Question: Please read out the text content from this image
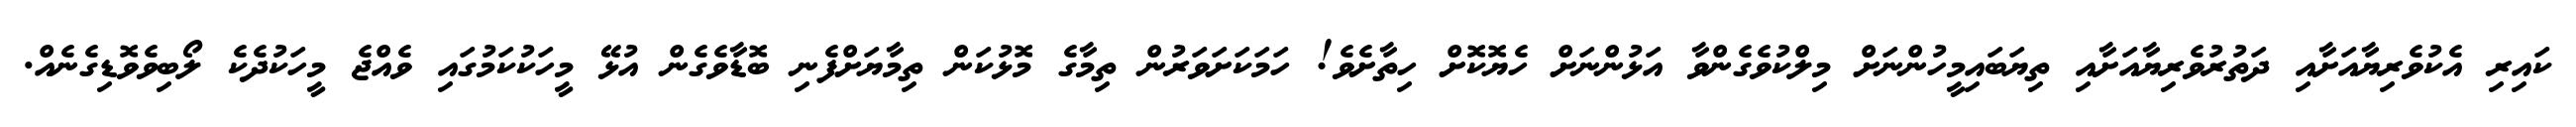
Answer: ކައިރި އެކުވެރިޔާއަށާއި ދަތުރުވެރިޔާއަށާއި ތިޔަބައިމީހުންނަށް މިލްކުވެގެންވާ އަޅުންނަށް ހެޔޮކޮށް ހިތާށެވެ! ހަމަކަށަވަރުން ތިމާގެ މޮޅުކަން ތިމާޔަށްފެނި ބޮޑާވެގެން އުޅޭ މީހަކުކަމުގައި ވެއްޖެ މީހަކުދެކެ ލޯބިވެވޮޑިގެނެއް.